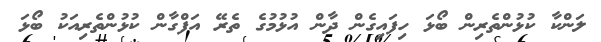
ލަންކާ ކުޅުންތެރިން ބޯޅަ ހިފައިގެން ދާން އުޅުމުގެ ތެރޭ އަފްގާން ކުޅުންތެރިއަކު ބޯޅަ